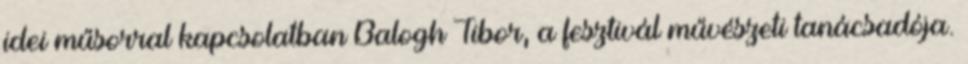
idei műsorral kapcsolatban Balogh Tibor, a fesztivál művészeti tanácsadója.